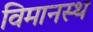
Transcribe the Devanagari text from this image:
विमानस्थ